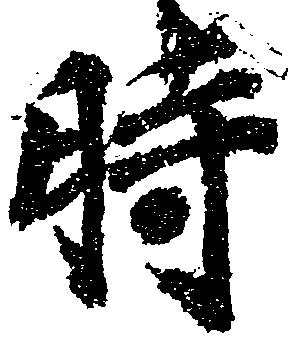
時